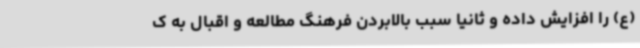
(ع) را افزایش داده و ثانیا سبب بالابردن فرهنگ مطالعه و اقبال به ک